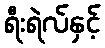
ရီးရဲလ်နှင့်